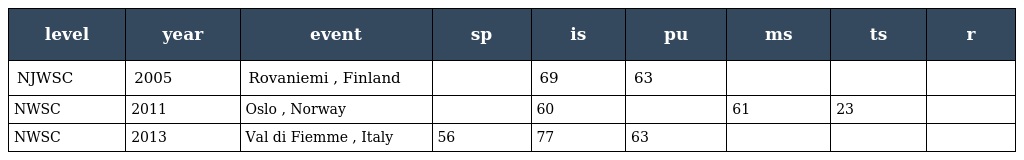
| level | year | event | sp | is | pu | ms | ts | r |
 | --- | --- | --- | --- | --- | --- | --- | --- | --- |
 | NJWSC | 2005 | Rovaniemi , Finland |  | 69 | 63 |  |  |  |
 | NWSC | 2011 | Oslo , Norway |  | 60 |  | 61 | 23 |  |
 | NWSC | 2013 | Val di Fiemme , Italy | 56 | 77 | 63 |  |  |  |